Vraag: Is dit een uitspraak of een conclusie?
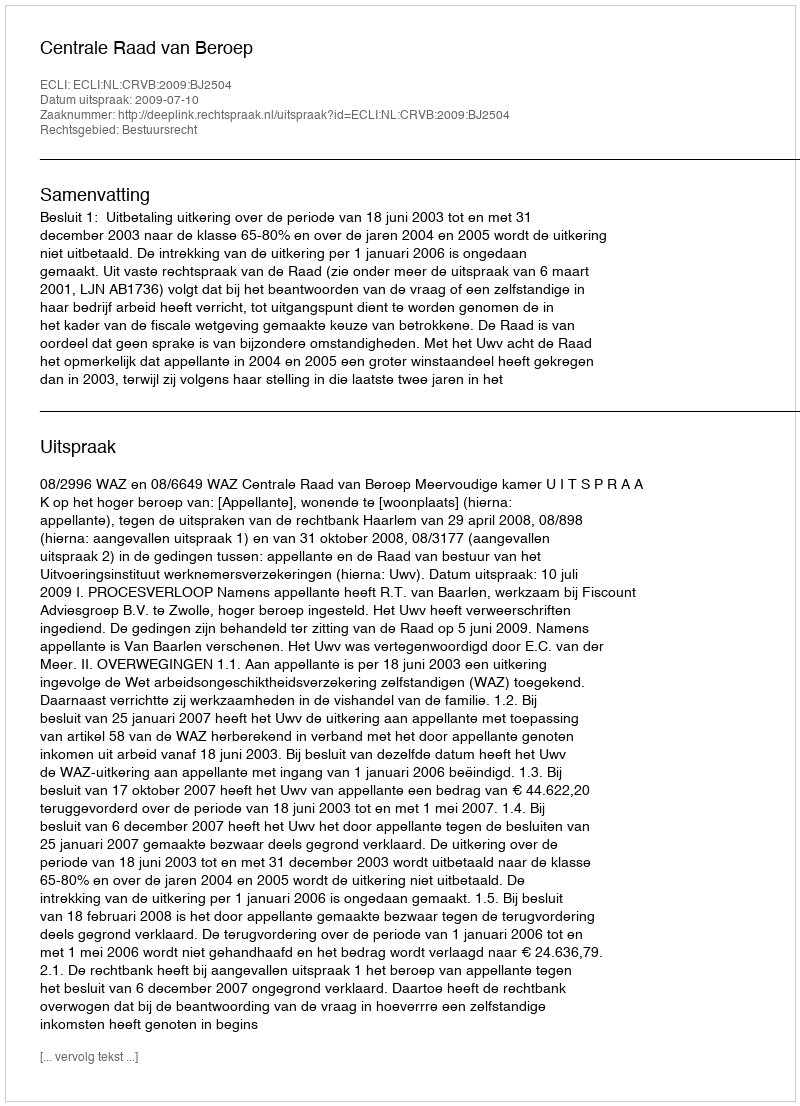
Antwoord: Uitspraak